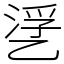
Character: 㐢